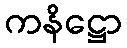
ကနိဋ္ဌော